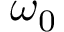
\omega _ { 0 }